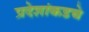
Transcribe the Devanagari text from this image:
प्रदेशांकडचे